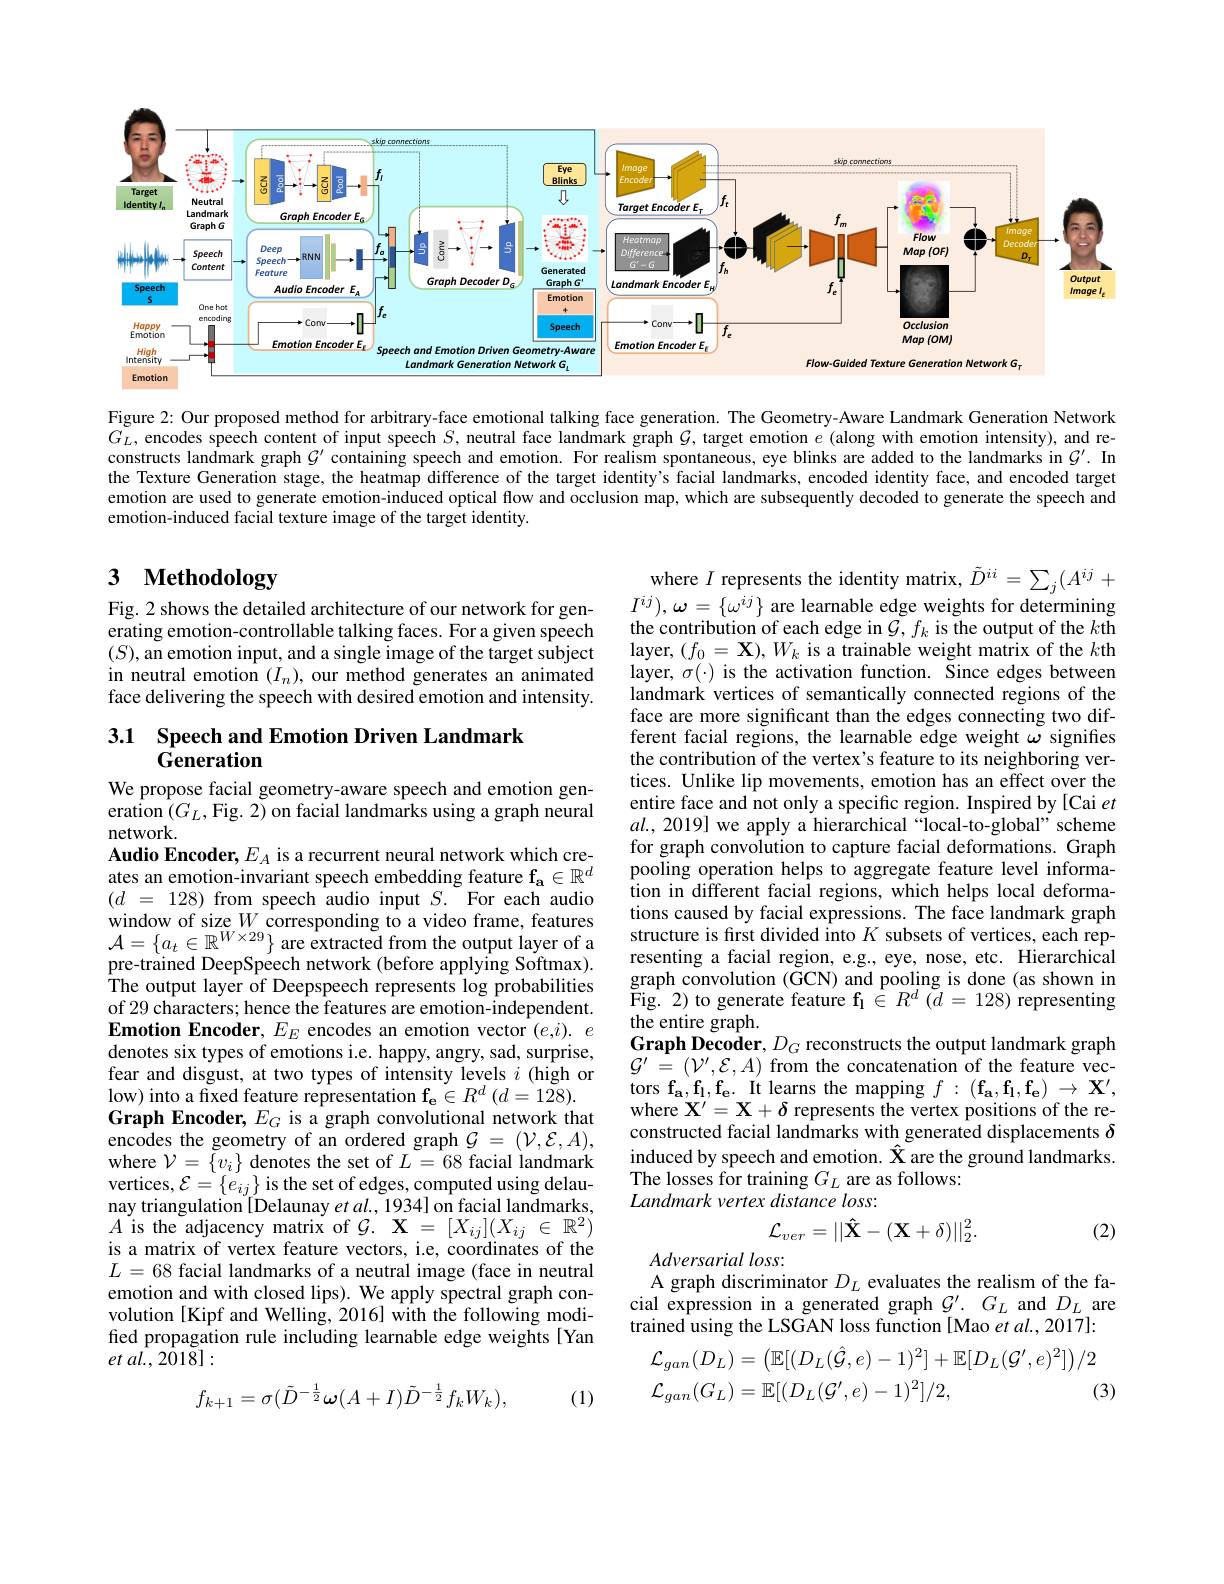
<FigureHere>

Figure 2: Our proposed method for arbitrary-face emotional talking face generation. The Geometry-Aware Landmark Generation Network $G_{L}$, encodes speech content of input speech $S$, neutral face landmark graph $G$, target emotion $e$ (along with emotion intensity), and reconstructs landmark graph $G^{\prime}$ containing speech and emotion. For realism spontaneous, eye blinks are added to the landmarks in $G^{\prime}.$ In the Texture Generation stage, the heatmap difference of the target identity's facial landmarks, encoded identity face, and encoded target emotion are used to generate emotion-induced optical flow and occlusion map, which are subsequently decoded to generate the speech and emotion-induced facial texture image of the target identity.

# 3 Methodology

Fig. 2 shows the detailed architecture of our network for generating emotion-controllable talking faces. For a given speech $(S)$,an emotion input, and a single image of the target subject in neutral emotion $(I_n)$, our method generates an animated face delivering the speech with desired emotion and intensity.

3.1 Speech and Emotion Driven Landmark
## Generation

We propose facial geometry-aware speech and emotion generation $(G_L$,Fig. 2) on facial landmarks using a graph neural network.

where $I$ represents the identity matrix, $\tilde{D}^{ii}=\sum_{j}(A^{ij}+$ $I^{ij}),\omega=\{\omega^{ij}\}$ are learnable edge weights for determining the contribution of each edge in $\tilde{\mathcal{G}},f_k$ is the output of the $k$th layer, $(f_0=\mathbf{X}),W_k$ is a trainable weight matrix of the $k$th layer, $\sigma(\cdot)$ is the activation function. Since edges between landmark vertices of semantically connected regions of the face are more significant than the edges connecting two different facial regions, the learnable edge weight $\omega$ signifies the contribution of the vertex's feature to its neighboring vertices. Unlike lip movements, emotion has an effect over the entire face and not only a specific region. Inspired by [Cai $et$ $al.$, 2019] we apply a hierarchical “local-to-global”scheme for graph convolution to capture facial deformations. Graph pooling operation helps to aggregate feature level information in different facial regions, which helps local deformations caused by facial expressions. The face landmark graph structure is first divided into $K$ subsets of vertices, each representing a facial region, e.g., eye, nose, etc. Hierarchical graph convolution (GCN) and pooling is done (as shown in Fig. 2) to generate feature $\mathbf{f_{l}}\in R^d(d=128)$ representing the entire graph.
Graph Decoder, $D_G$ reconstructs the output landmark graph $\mathcal{G}^{\prime}=(\mathcal{V}^{\prime},\mathcal{E},A)$ from the concatenation of the feature vectors f$_{\mathrm{a} }, \mathbf{f_{l}} , \mathbf{f_{e}. }$ It learns the mapping $f:(\mathbf{f_{a},f_{l},f_{e}})\to\mathbf{X^{\prime},}$ where $\mathbf{X}^\prime=\mathbf{X}+\delta$ represents the vertex positions of the reconstructed facial landmarks with generated displacements $\delta$ induced by speech and emotion. $\hat{\mathbf{X}}$ are the ground landmarks. The losses for training $G_L$ are as follows:
Landmark vertex distance loss:
$$\mathcal{L}_{ver}=||\hat{\mathbf{X}}-(\mathbf{X}+\delta)||_{2}^{2}.$$
$\textbf{Audio Encoder, }E_{A}$ is a recurrent neural network which creates an emotion-invariant speech embedding feature fa $\in\mathbb{R}^d$ $(d~=~128)~$from speech audio input $S.~$For each audio window of size $W$ corresponding to a video frame, features $\begin{array}{l}{\mathcal{A}=\{a_{t}\in\mathbb{R}^{W\times29}\}\text{ are extracted from the output layer of a}}\\{\text{pre-trained DeepSpeech network (before applying Softmax).}}\\\end{array}$ The output layer of Deepspeech represents log probabilities of 29 characters; hence the features are emotion-independent. $\textbf{Emotion Encoder, }E_{E}$ encodes an emotion vector $(e,i).e$ denotes six types of emotions i.e. happy, angry, sad, surprise, fear and disgust, at two types of intensity levels $i$ (high or low) into a fixed feature representation $\mathbf{f_{e}}\in R^{d}\left(d=128\right).$ Graph Encoder, $E_G$ is a graph convolutional network that encodes the geometry of an ordered graph $\mathcal{G}=(\mathcal{V},\mathcal{E},A)$, where $\mathcal{V}=\{v_i\}$ denotes the set of $L=68$ facial landmark vertices, $\mathcal{E} = \{ e_{ij}\}$ is the set of edges, computed using delau- nay triangulation[Delaunay $et$ $al, 1934]$ on facial landmarks, $A$ is the adjacency matrix of $\mathcal{G} . \textbf{X}= [ X_{ij}] ( X_{ij}\in \mathbb{R} ^{2})$ is a matrix of vertex feature vectors, i.e, coordinates of the $L=68$ facial landmarks of a neutral image (face in neutral emotion and with closed lips). We apply spectral graph convolution [Kipf and Welling, 2016] with the following modified propagation rule including learnable edge weights[Yan $et$ $al. $, $2\tilde{0} 1\tilde{8} ] :$
$$f_{k+1}=\sigma(\tilde{D}^{-\frac{1}{2}}\omega(A+I)\tilde{D}^{-\frac{1}{2}}f_{k}W_{k}),$$
(2)

$Adversarial\textit{loss}:$
A graph discriminator $D_L$ evaluates the realism of the facial expression in a generated graph $\mathcal{G}^\prime.~G_L$ and $D_L$ are trained using the LSGAN loss function [Mao et al., 2017]:
$$\begin{aligned}&\mathcal{L}_{gan}(D_{L})=\left(\mathbb{E}[(D_{L}(\hat{\mathcal{G}},e)-1)^{2}]+\mathbb{E}[D_{L}(\mathcal{G}^{\prime},e)^{2}]\right)/2\\&\mathcal{L}_{gan}(G_{L})=\mathbb{E}[(D_{L}(\mathcal{G}^{\prime},e)-1)^{2}]/2,&\text{(3}\end{aligned}$$
(1)